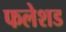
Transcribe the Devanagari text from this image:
फलेशड